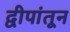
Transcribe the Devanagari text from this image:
द्वीपांतून